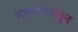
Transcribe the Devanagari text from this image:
माणसांमधून